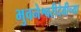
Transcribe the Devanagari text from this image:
भुवनेश्वरीदेवीच्या